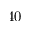
4 0